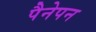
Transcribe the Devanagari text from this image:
पैनेपन